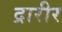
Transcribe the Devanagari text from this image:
द्रारीर